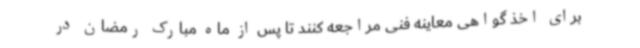
برای اخذ گواهی معاینه فنی مراجعه کنند تا پس از ماه مبارک رمضان در